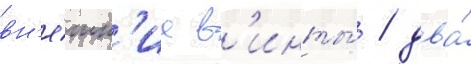
вн'е́шн'ие в'инты́ / два́